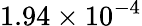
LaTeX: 1.94\times 10^{-4}